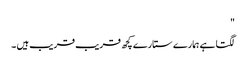
"
لگتا ہے ہمارے ستارے کچھ قریب قریب ہیں ۔